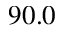
9 0 . 0